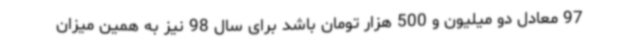
97 معادل دو میلیون و 500 هزار تومان باشد برای سال 98 نیز به همین میزان